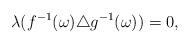
LaTeX: \begin{align*}\lambda (f^{-1}(\omega)\triangle g^{-1}(\omega))=0,\end{align*}